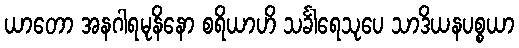
ယာတော အနဂါရမုနိနော စရိယာဟိ သင်္ခါရေသုပေ သာဒိယနပစ္စယာ